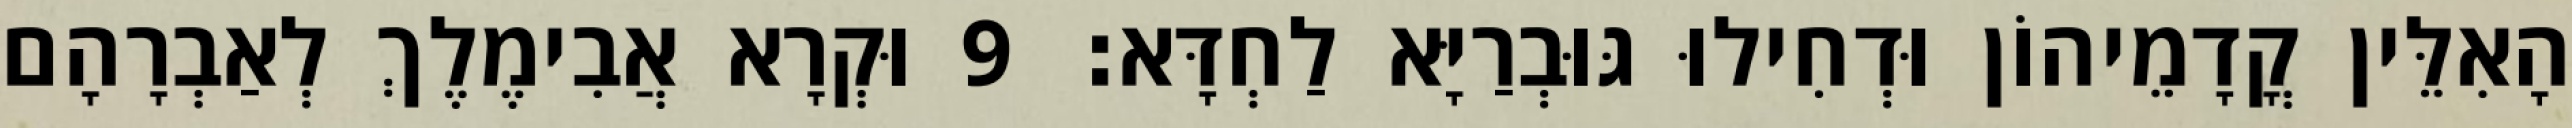
הָאִלֵּין קֳדָמֵיהוֹן וּדְחִילוּ גּוּבְרַיָּא לַחְדָּא׃ 9 וּקְרָא אֲבִימֶלֶךְ לְאַבְרָהָם